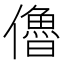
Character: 𠐔